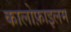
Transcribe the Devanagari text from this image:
कालोफ़ाइलम